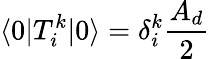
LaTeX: \langle 0|T_{i}^{k}|0\rangle=\delta_{i}^{k}\frac{A_{d}}{2}